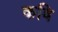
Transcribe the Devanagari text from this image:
कबि